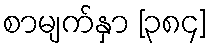
စာမျက်နှာ [၃၈၄]